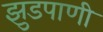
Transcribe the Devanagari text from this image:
झुडपाणी